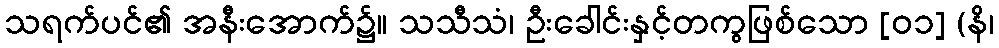
သရက်ပင်၏ အနီးအောက်၌။ သသီသံ၊ ဦးခေါင်းနှင့်တကွဖြစ်သော [၀၁] (နိ၊